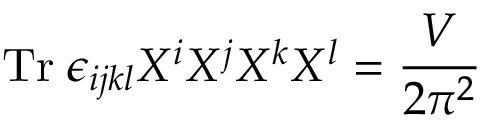
\mathrm { T r } \; \epsilon _ { i j k l } X ^ { i } X ^ { j } X ^ { k } X ^ { l } = \frac { V } { 2 \pi ^ { 2 } }